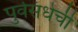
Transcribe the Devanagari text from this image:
पुर्वसंधेची